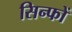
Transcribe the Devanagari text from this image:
सिन्फों